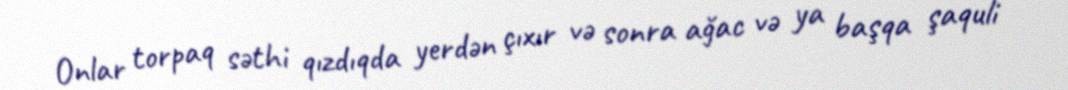
Onlar torpaq səthi qızdıqda yerdən çıxır və sonra ağac və ya başqa şaquli